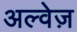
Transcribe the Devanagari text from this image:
अल्वेज़